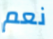
نعم